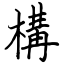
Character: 構